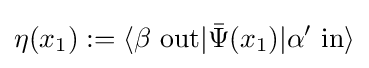
\eta (x_{1}):=\langle \beta \ \mathrm {out} |{\bar {\Psi }}(x_{1})|\alpha '\ \mathrm {in} \rangle